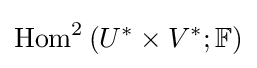
\operatorname {Hom} ^{2}\left(U^{*}\times V^{*};\mathbb {F} \right)